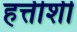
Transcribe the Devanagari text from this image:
हत्तीशी